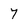
Character: 7